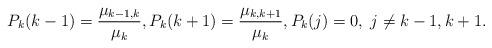
LaTeX: \begin{align*}P_k(k-1)=\frac{\mu_{k-1,k}}{\mu_k},P_k(k+1)=\frac{\mu_{k,k+1}}{\mu_k},P_k(j)=0,\; j\neq k-1, k+1. \end{align*}